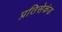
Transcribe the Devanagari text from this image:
प्रतिसेकंड